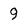
Character: 9